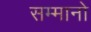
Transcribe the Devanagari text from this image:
सम्मानो